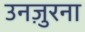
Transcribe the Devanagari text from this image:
उनज़ुरना